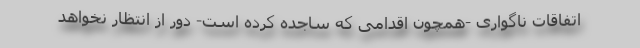
اتفاقات ناگواری -همچون اقدامی که ساجده کرده است- دور از انتظار نخواهد